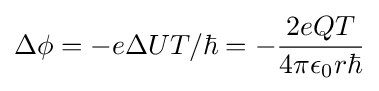
\Delta \phi =-e\Delta UT/\hbar =-{\frac {2eQT}{4\pi \epsilon _{0}r\hbar }}